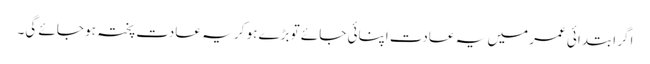
اگر ابتدائی عمر میں یہ عادت اپنائی جائے تو بڑے ہو کر یہ عادت پختہ ہو جائے گی۔